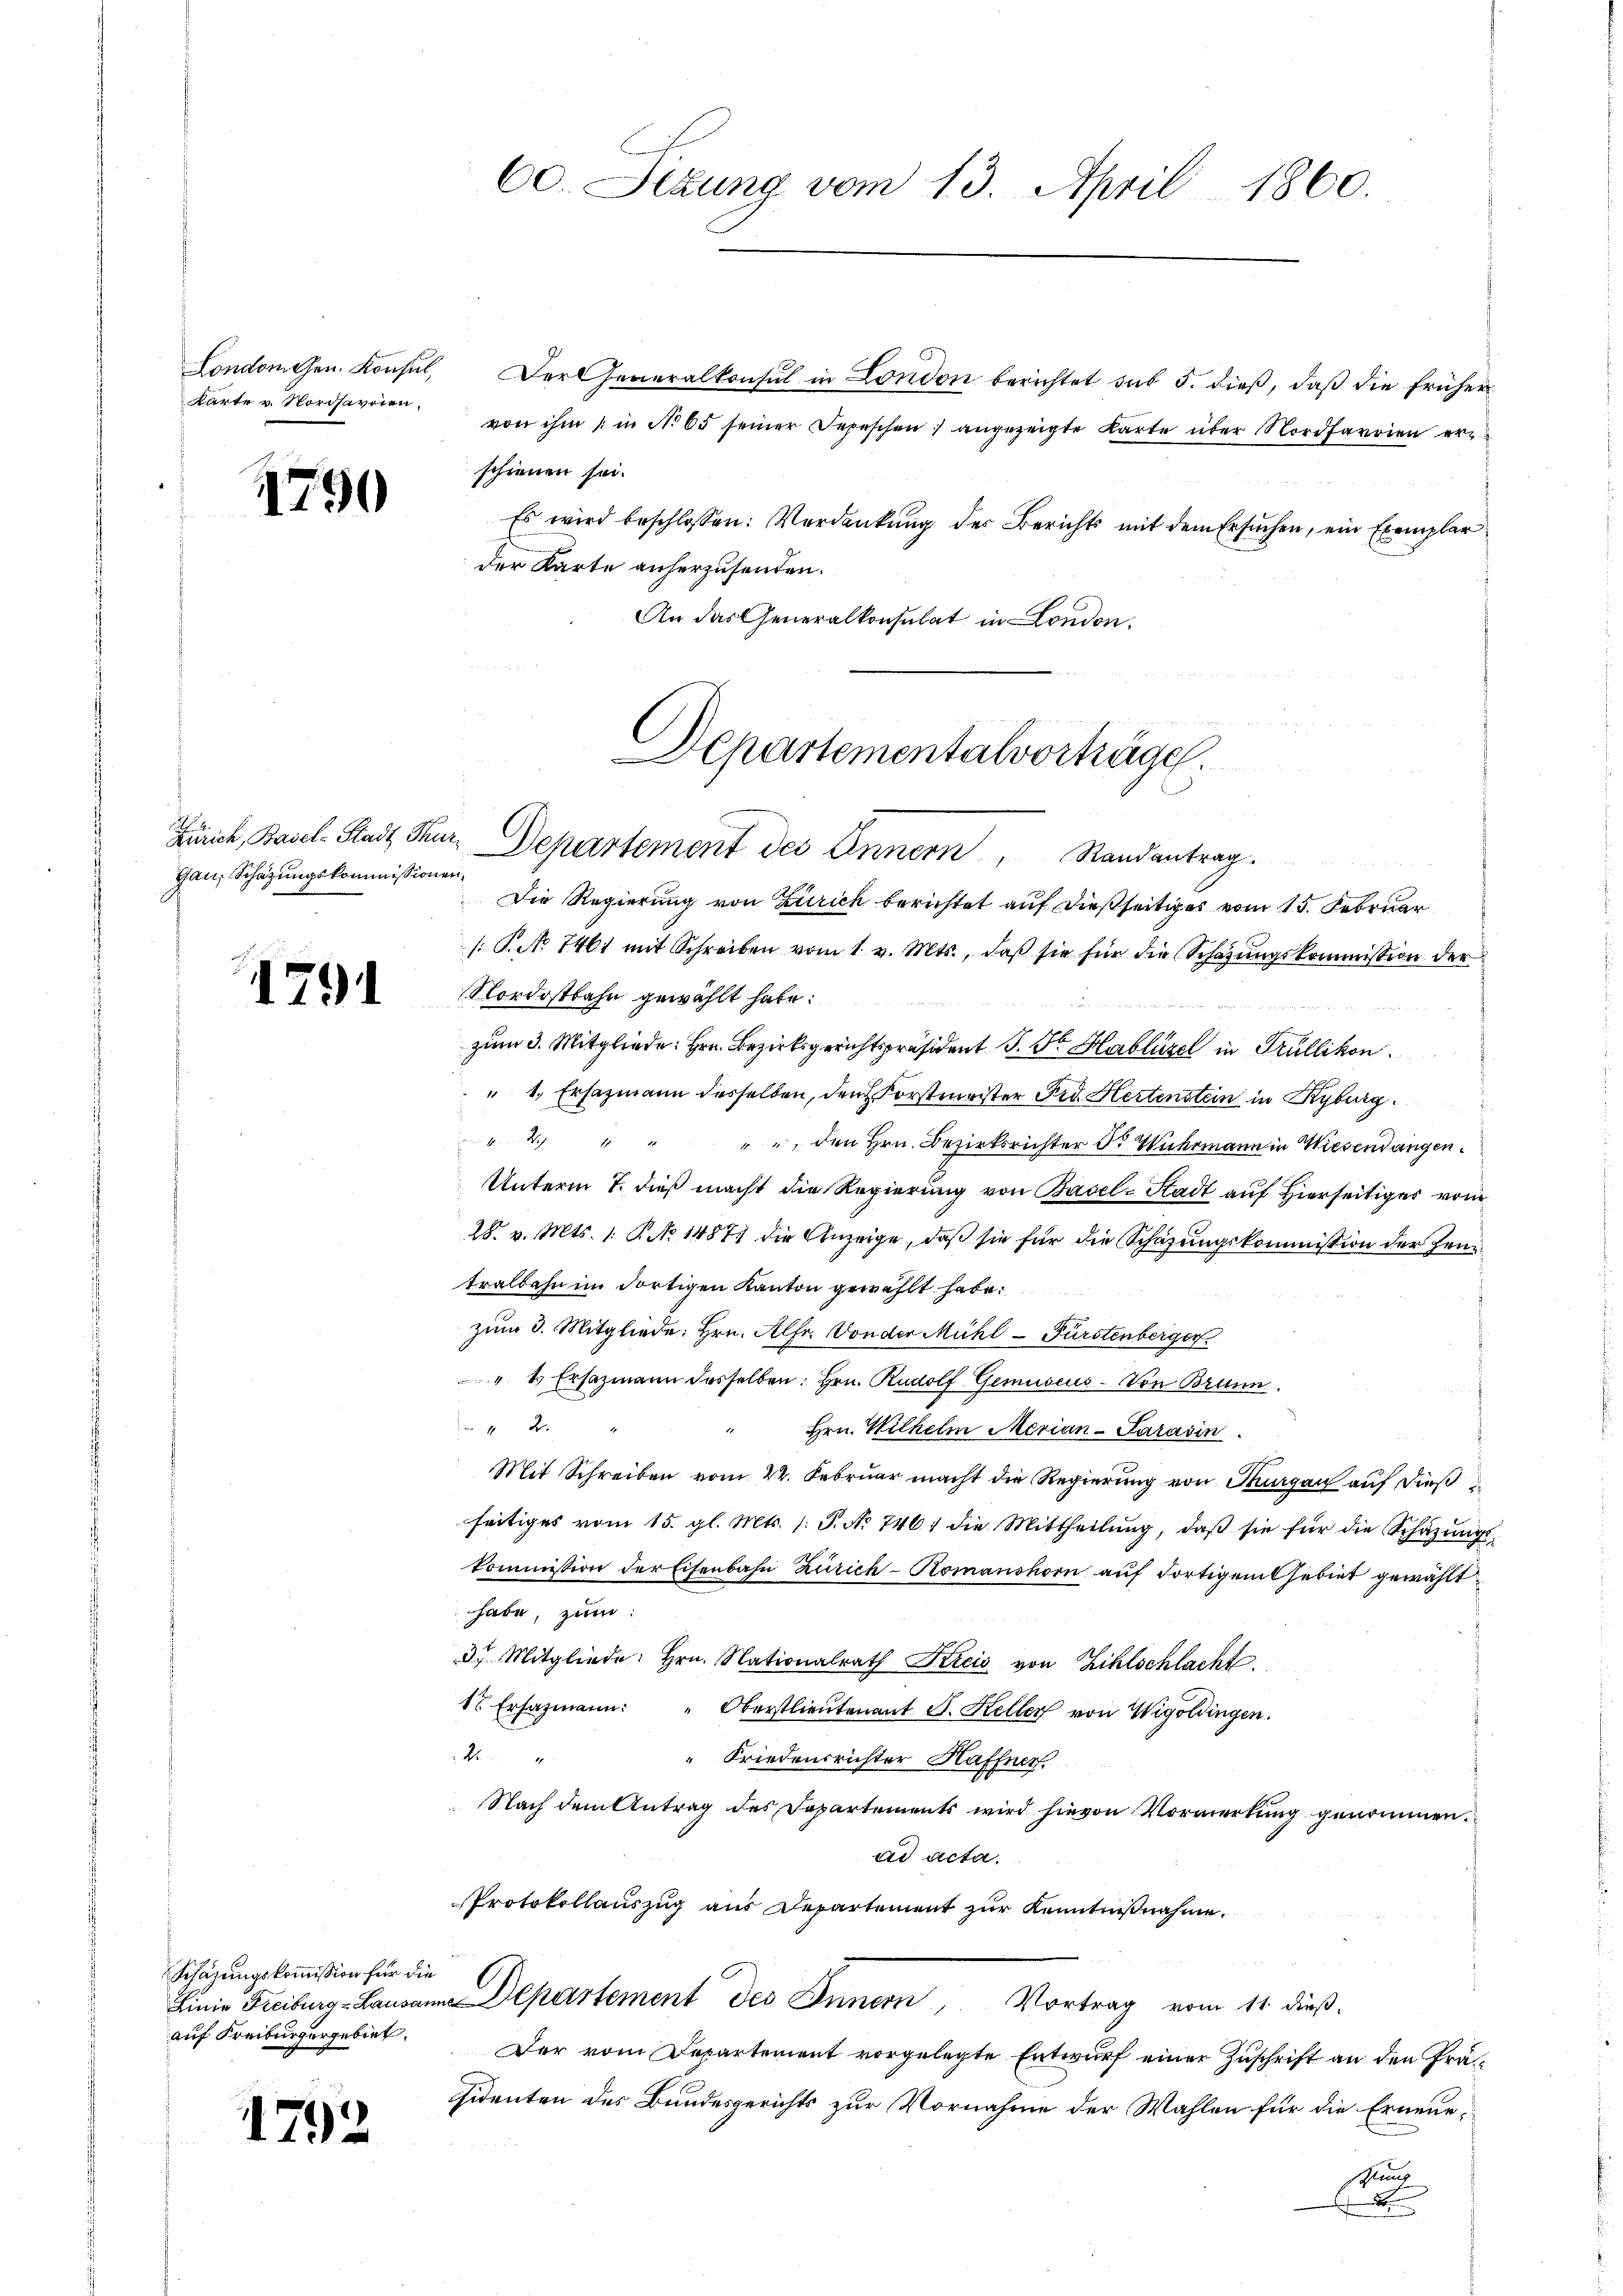
London Gen. Konsul,
Karte v. Nordsavoien.

1790

Gau, Schätzungskommissionen,

1791

Schäzungskommission für die
auf Freiburgergebiet.

1792

60. Sedung vom 13. April 1860.

Der Generalkonsul in London berichtet sub 5. dieß, daß die früher
von ihm / in No 65 seiner Depeschen) angezeigte Karte über Nordfarrien erschienen sei.
Es wird beschlossen: Verdankung der Berichts mit dem Ersuchen, ein Exemplar
der Karte anherzusenden.
An das Generalkonsulat in London.

Departementalvorträge.
Zürich, Basel-Stadt Stur. Departement des Annern, Randantrag.

Die Regierung von Zürich berichtet auf dießseitiges vom 15. Februar
[ Pct. 7461 mit Schreiben vom 1. v. Mts., daß sie für die Schazungskommission der
Nordostbahn gewählt habe.
zum 3. Mitgliede Hrn. Bezirksgerichtspräsident J. St. Hablüse in Trüllikon.
" 1., Ersazmann desselben, den Forstmeister Fid. Hertenstein in Kyburg
4 " " " " den Hrn. Bezirksrichter der Wuhrmann in Wiesendangen.
Unterm 7. dieß macht die Regierung von Basel-Stadt auf Hierseitiger vom
28. v. Mts. 1. P. No. 14871 die Anzeige, daß sie für die Schazungskommission der Zeu
tralbahn im dortigen Kanton gewählt habe.
zum 3. Mitgliede: Hrn. Alfr. Von der Mühl-Fürstenberger
" 1 Ersazmann desselben. Hrn. Rudolf Gemuseus - Von Brunn
 12.
Hrn. Wilhelm Merian-Parasin
Mit Schreiben vom 22. Februar macht die Regierung von Thurgau auf dieß
seitiges vom 15. gl. Mts. /: J. No 746 die Mittheilŭng, daβ sie für die Schäzŭngs-
kommission der Eisenbahn Zürich-Komanshorn aŭf Fortigentsebiet gewählt
habe, zum
3) Mitgliede. Hrn. Nationalrath Streis von Zihlschlacht.
1 Ersazmann: " Oberstlieutenant J. Keller von Wigoldingen.
M
“ Friedensrichter Haffner
Nach dem Antrag des Departements wird hievon Vormerkung genommen.
ad acta.
Protokollauszug aus Departement zur Kenntnißnahme.
Linie Freiburg-Lausanne Departement des Innern, Vortrag vom 11. dieß.
Der vom Departement vorgelegte Entwurf einer Zuschrift an den Präsidenten des Bundesgerichts zur Vornahme der Wahlen für die Erneuestung
d